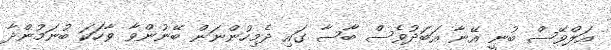
އަލްވޭސް ބުނީ އޭނާ އަބަދުވެސް ބާސާ ގައި ދެމިހުންނަން ބޭނުންވާ ވާހަކަ ބުނަމުންދާ